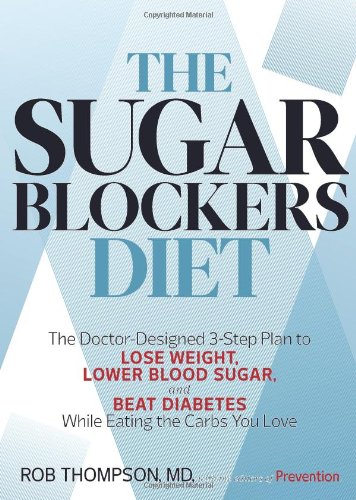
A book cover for The Sugar Blockers Diet: The Doctor-Designed 3-Step Plan to Lose Weight, Lower Blood Sugar, and Beat Diabetes--While Eating the Carbs You Love; Rob Thompson; Cookbooks, Food & Wine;